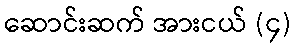
ဆောင်းဆက် အားငယ် (၄)